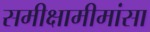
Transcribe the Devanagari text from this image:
समीक्षामीमांसा